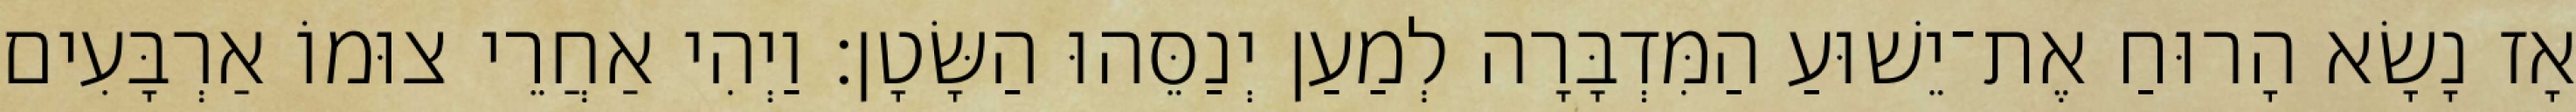
אָז נָשָׂא הָרוּחַ אֶת־יֵשׁוּעַ הַמִּדְבָּרָה לְמַעַן יְנַסֵּהוּ הַשָּׂטָן׃ וַיְהִי אַחֲרֵי צוּמוֹ אַרְבָּעִים